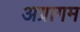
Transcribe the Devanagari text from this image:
अग्रागम